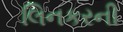
લિનકરની